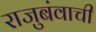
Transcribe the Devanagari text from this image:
राजुबंवाची